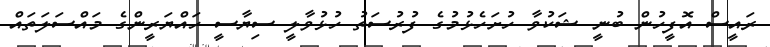
ރައީސް އޮފީހުން ބުނީ ޝަކުވާ ހުށަހެޅުމުގެ ފުރުސަތު ހުޅުވާލީ ސިޔާސީ ހައްޔަރީންގެ މައްސަލަތައް